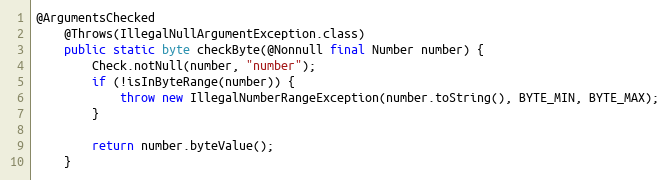
Language: Java
@ArgumentsChecked
	@Throws(IllegalNullArgumentException.class)
	public static byte checkByte(@Nonnull final Number number) {
		Check.notNull(number, "number");
		if (!isInByteRange(number)) {
			throw new IllegalNumberRangeException(number.toString(), BYTE_MIN, BYTE_MAX);
		}

		return number.byteValue();
	}